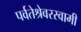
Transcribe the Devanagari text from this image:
पर्वतेश्रेवरस्वामी